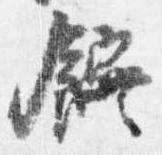
饌